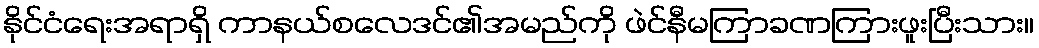
နိုင်ငံရေးအရာရှိ ကာနယ်စလေဒင်၏အမည်ကို ဖဲင်နီမကြာခဏကြားဖူးပြီးသား။